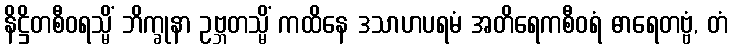
နိဋ္ဌိတစီဝရသ္မိံ ဘိက္ခုနာ ဥဗ္ဘတသ္မိံ ကထိနေ ဒသာဟပရမံ အတိရေကစီဝရံ ဓာရေတဗ္ဗံ, တံ